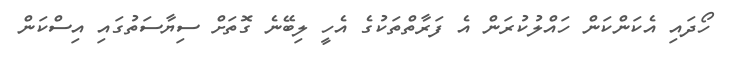
ހޯދައި އެކަންކަން ހައްލުކުރަން އެ ފަރާތްތަކުގެ އެހީ ލިބޭނެ ގޮތަށް ސިޔާސަތުގައި އިސްކަން